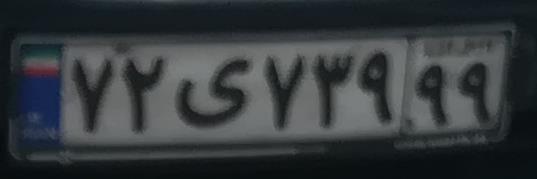
۷۲ی۷۳۹۹۹